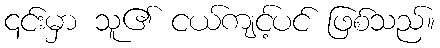
၎င်းမှာ သူ၏ ငယ်ကျင့်ပင် ဖြစ်သည်။